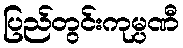
ပြည်တွင်းကုမ္ပဏီ